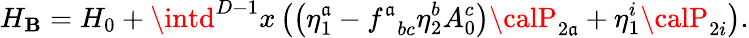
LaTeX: H_{\mathbf{B}}=H_{0}+\intd^{D-1}x\left(\left(\eta_{1}^{\mathfrak{a}}-f_{\; \; bc}^{\mathfrak{a}}\eta_{2}^{b}A_{0}^{c}\right){\calP}_{2\mathfrak{a}}+\eta_{1}^{i}{\calP}_{2i}\right).